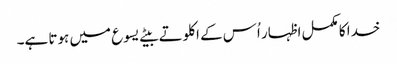
خدا کا مکمل اظہار اُس کے اکلوتے بیٹے یسوع میں ہوتا ہے۔